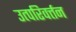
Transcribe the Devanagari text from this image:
उत्परिवर्त्तन